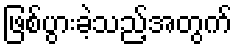
ဖြစ်ပွားခဲ့သည့်အတွက်